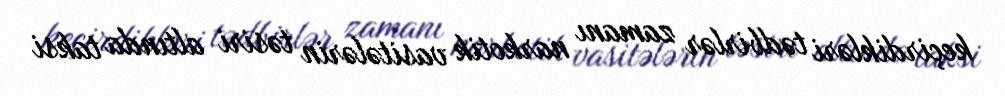
keçirdikləri tədbirlər zamanı narkotik vasitələrin təsiri altında taksi